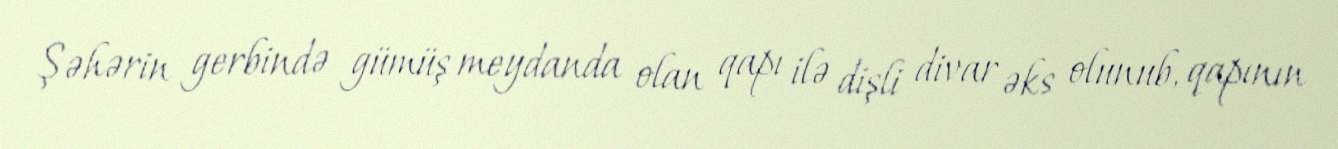
Şəhərin gerbində gümüş meydanda olan qapı ilə dişli divar əks olunub, qapının